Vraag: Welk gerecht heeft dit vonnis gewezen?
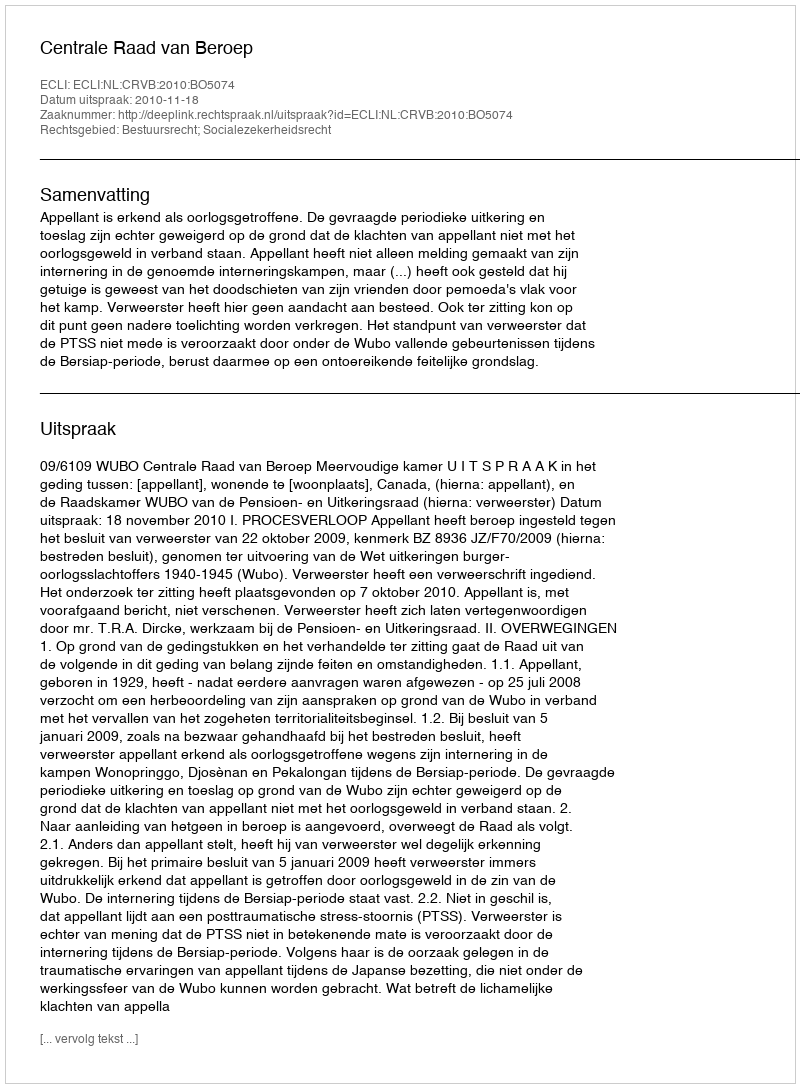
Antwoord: Centrale Raad van Beroep